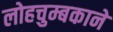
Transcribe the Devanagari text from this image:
लोहचुम्बकाने